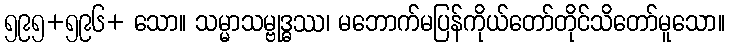
၅၉၅+၅၉၆+ သော။ သမ္မာသမ္ဗုဒ္ဓဿ၊ မဘောက်မပြန်ကိုယ်တော်တိုင်သိတော်မူသော။